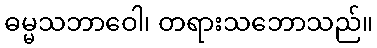
ဓမ္မသဘာဝေါ၊ တရားသဘောသည်။